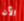
الآن